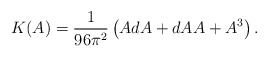
\begin{align*}K(A)=\frac{1}{96\pi^2}\left( AdA+ dAA+A^3\right).\end{align*}